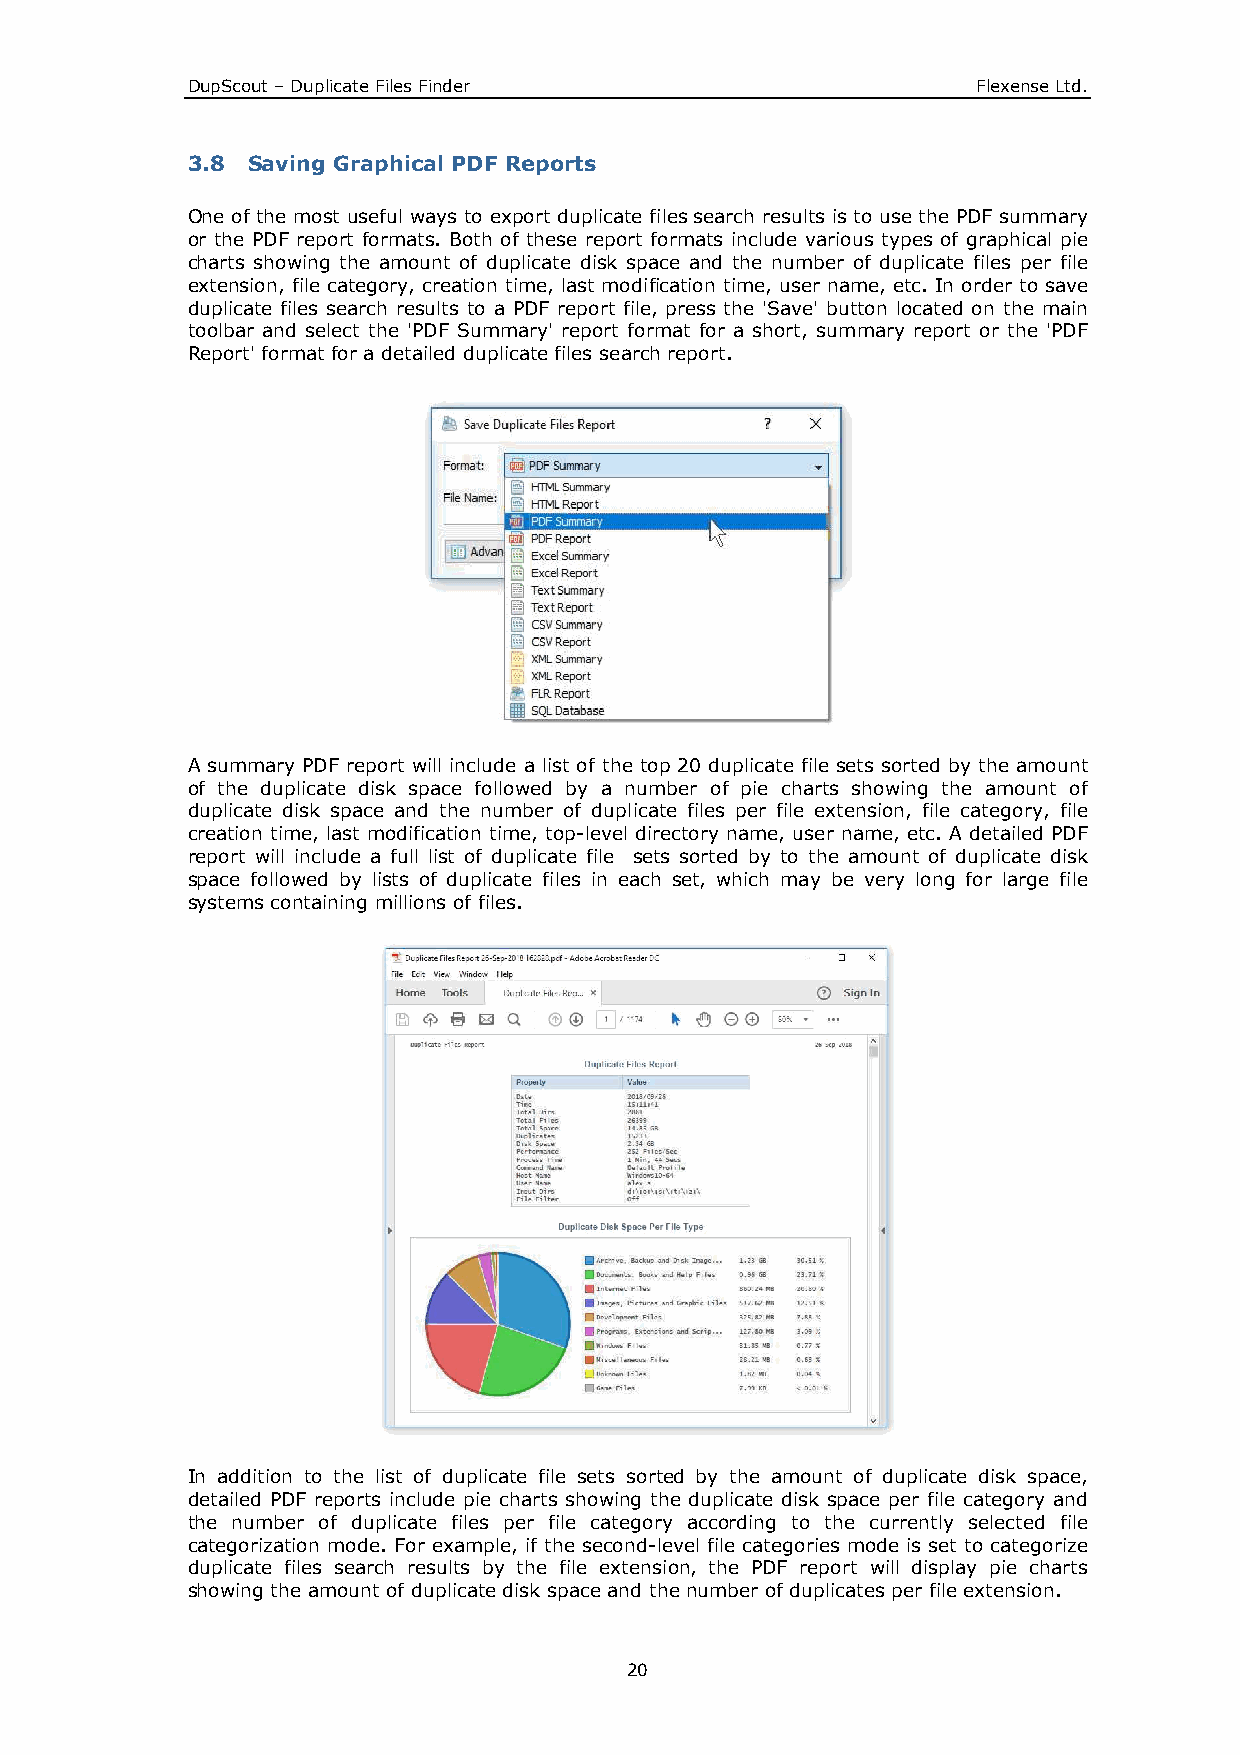
DupScout – Duplicate Files Finder                    Flexense Ltd.
 3.8 Saving Graphical PDF Reports
 One of the most useful ways to export duplicate files search results is to use the PDF summary
 or the PDF report formats. Both of these report formats include various types of graphical pie
 charts showing the amount of duplicate disk space and the number of duplicate files per file
 extension, file category, creation time, last modification time, user name, etc. In order to save
 duplicate files search results to a PDF report file, press the 'Save' button located on the main
 toolbar and select the 'PDF Summary' report format for a short, summary report or the 'PDF
 Report' format for a detailed duplicate files search report.
 A summary PDF report will include a list of the top 20 duplicate file sets sorted by the amount
 of the duplicate disk space followed by a number of pie charts showing the amount of
 duplicate disk space and the number of duplicate files per file extension, file category, file
 creation time, last modification time, top-level directory name, user name, etc. A detailed PDF
 report will include a full list of duplicate file sets sorted by to the amount of duplicate disk
 space followed by lists of duplicate files in each set, which may be very long for large file
 systems containing millions of files.
 In addition to the list of duplicate file sets sorted by the amount of duplicate disk space,
 detailed PDF reports include pie charts showing the duplicate disk space per file category and
 the number of duplicate files per file category according to the currently selected file
 categorization mode. For example, if the second-level file categories mode is set to categorize
 duplicate files search results by the file extension, the PDF report will display pie charts
 showing the amount of duplicate disk space and the number of duplicates per file extension.
 20